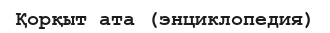
Қорқыт ата (энциклопедия)